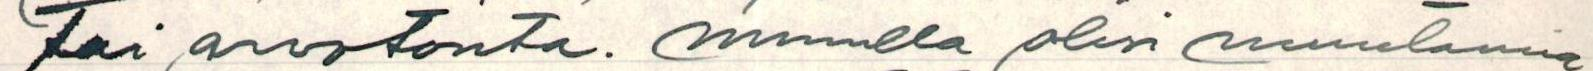
tai arvotonta. Minulla olisi muutamia